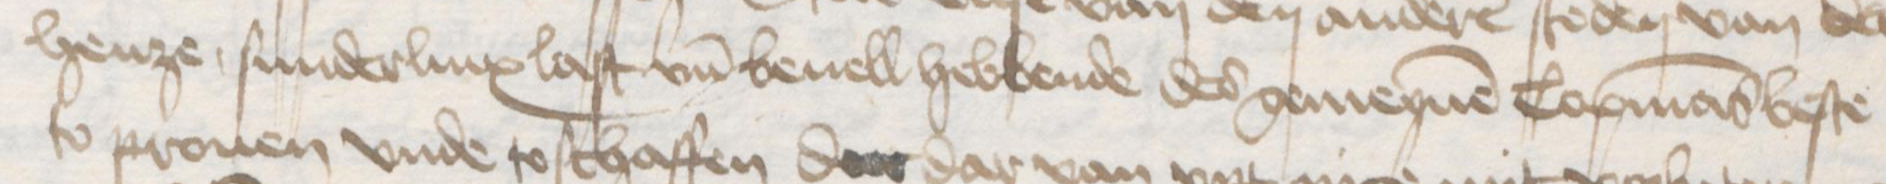
henze sunderlinx last un̄d beuell hebbende des gemeynen Copmans beste